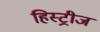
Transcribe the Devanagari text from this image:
हिस्ट्रीज